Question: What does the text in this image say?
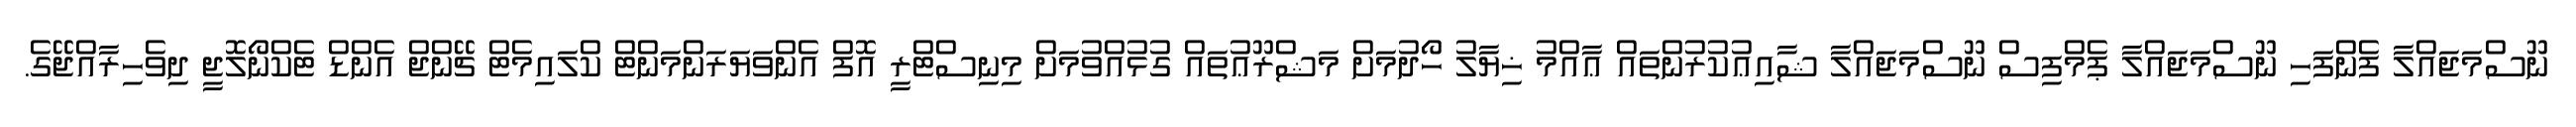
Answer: ނޫސްމަޖައްލާ ފެންފަހި ނޫސްމަޖައްލާ ޕެމްފިސް ނޫސްމަޖައްލާ ޝާއިޢުކުރުންތައް ޢާއްމު ޚިޔާލު ހޯދުމަށް މަޝްރޫޢުތައް ގުޅުއްވުމަށް މިނިސްޓްރީ އޮފް އެންވަޔަރަންމަންޓް ކްލައިމެޓް ޗޭންޖް އެންޑް ޓެކްނޯލޮޖީ ދިވެހިރާއްޖޭގެ.